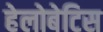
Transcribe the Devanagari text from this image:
हेलोबेटिस